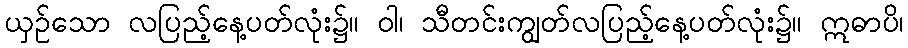
ယှဉ်သော လပြည့်နေ့ပတ်လုံး၌။ ဝါ၊ သီတင်းကျွတ်လပြည့်နေ့ပတ်လုံး၌။ ဣဓာပိ၊